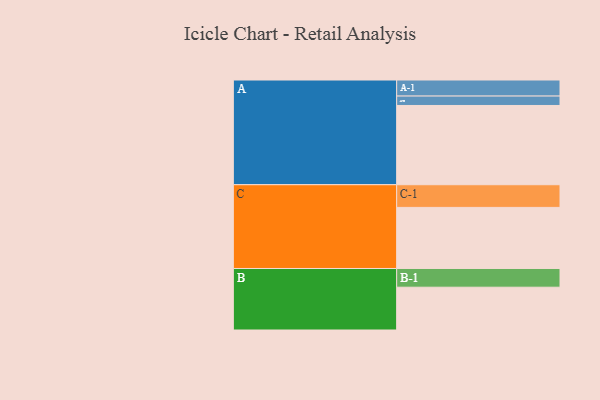
{"axis": {"x": "Segment", "y": "Value"}, "legend": ["", "A", "B", "C"], "data": [{"x": "A", "y": 563, "type": ""}, {"x": "B", "y": 304, "type": ""}, {"x": "C", "y": 434, "type": ""}, {"x": "A-1", "y": 114, "type": "A"}, {"x": "A-2", "y": 67, "type": "A"}, {"x": "B-1", "y": 133, "type": "B"}, {"x": "C-1", "y": 161, "type": "C"}]}